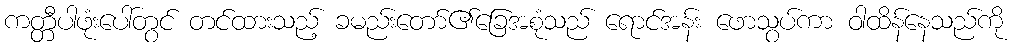
ကတ္တီပါဖုံးပေါ်တွင် တင်ထားသည့် ခမည်းတော်၏ခြေအစုံသည် ရောင်အန်း ဖောသွပ်ကာ ဝါထိန်နေသည်ကို